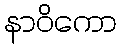
နာဝိကော